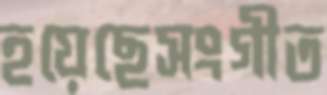
হয়েছেসংগীত